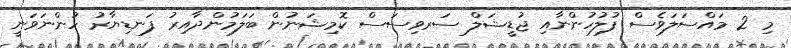
މި 2 މައްސަލަވެސް ފުލުހުންނާއި ޖުޑީޝަލް ސަރވިސަސް ކޮމިޝަނުން ބަލަމުންދާއިރު ފަނޑިޔާރު ހުންނަވަނީ